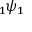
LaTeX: \, _ { 1 } \psi _ { 1 }